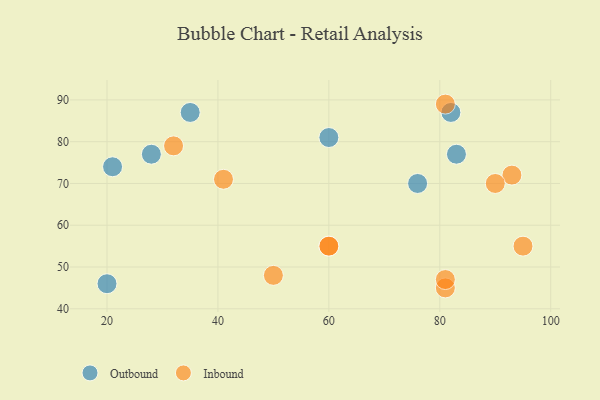
{"axis": {"x": "GDP", "y": "Life Expectancy"}, "legend": ["Inbound", "Outbound"], "data": [{"x": "82", "y": 87, "type": "Outbound"}, {"x": "20", "y": 46, "type": "Outbound"}, {"x": "83", "y": 77, "type": "Outbound"}, {"x": "60", "y": 81, "type": "Outbound"}, {"x": "76", "y": 70, "type": "Outbound"}, {"x": "35", "y": 87, "type": "Outbound"}, {"x": "21", "y": 74, "type": "Outbound"}, {"x": "28", "y": 77, "type": "Outbound"}, {"x": "41", "y": 71, "type": "Inbound"}, {"x": "81", "y": 89, "type": "Inbound"}, {"x": "60", "y": 55, "type": "Inbound"}, {"x": "81", "y": 45, "type": "Inbound"}, {"x": "93", "y": 72, "type": "Inbound"}, {"x": "90", "y": 70, "type": "Inbound"}, {"x": "50", "y": 48, "type": "Inbound"}, {"x": "32", "y": 79, "type": "Inbound"}, {"x": "95", "y": 55, "type": "Inbound"}, {"x": "81", "y": 47, "type": "Inbound"}, {"x": "60", "y": 55, "type": "Inbound"}]}